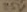
Text: 25V